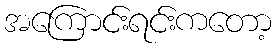
အကြောင်းရင်းကတော့